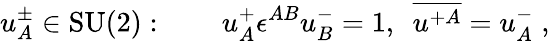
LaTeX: u_{A}^{\pm}\in\mathrm{SU(2)}:\qquad u_{A}^{+}\epsilon^{AB}u_{B}^{-}=1,\ \ \overline{{{u^{+A}}}}=u_{A}^{-}\; ,